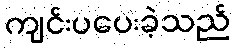
ကျင်းပပေးခဲ့သည်